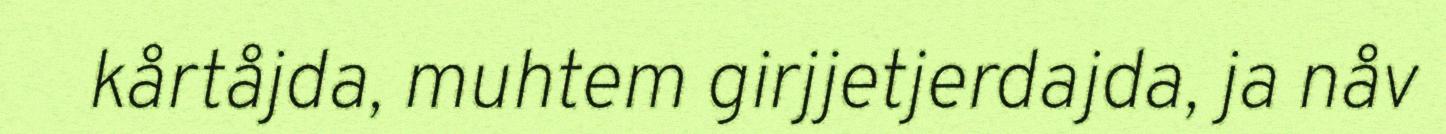
kårtåjda, muhtem girjjetjerdajda, ja nåv